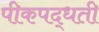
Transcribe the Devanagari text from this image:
पीकपद्धती